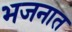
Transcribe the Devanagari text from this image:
भजनात